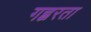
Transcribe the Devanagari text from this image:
गह्वरता